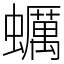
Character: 蠣